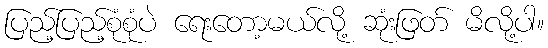
ပြည့်ပြည့်စုံစုံပဲ ရေးတော့မယ်လို့ ဆုံးဖြတ် မိလို့ပါ။